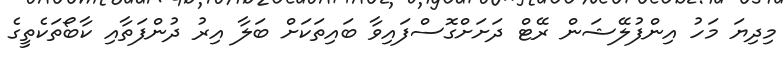
މިދިޔަ މަހު އިންފުލޭޝަން ރޭޓް ދަށަށްގޮސްފައިވާ ބައިތަކަށް ބަލާ އިރު ދުންފަތާއި ކާބޯތަކެތީގެ